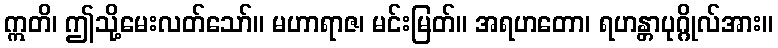
ဣတိ၊ ဤသို့မေးလတ်သော်။ မဟာရာဇ၊ မင်းမြတ်။ အရဟတော၊ ရဟန္တာပုဂ္ဂိုလ်အား။